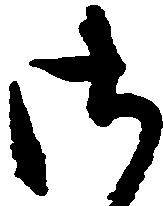
御